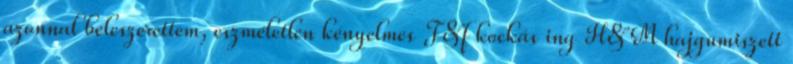
azonnal beleszerettem, eszméletlen kényelmes F&f kockás ing H&M hajgumiszett